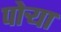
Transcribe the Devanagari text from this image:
पोऱ्या